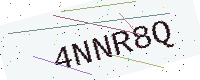
Text: 4NNR8Q